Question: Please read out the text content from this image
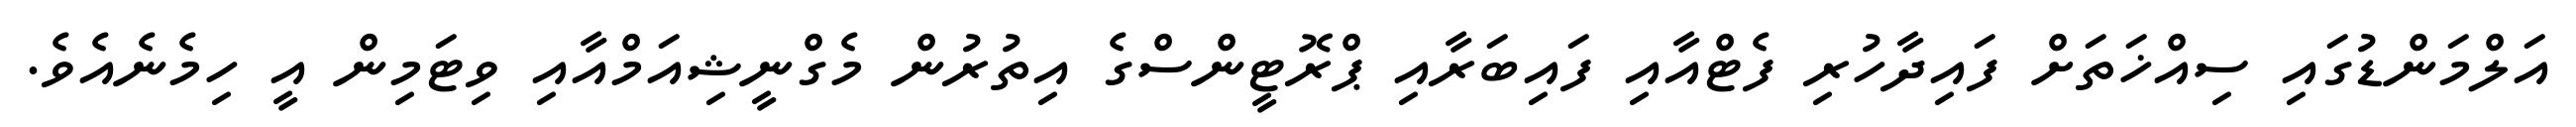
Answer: އަލްމަންޑުގައި ސިއްޚަތަށް ފައިދާހުރި ފެޓްއާއި ފައިބަރާއި ޕްރޮޓީންސްގެ އިތުރުން މެގްނީޝިއަމްއާއި ވިޓަމިން އީ ހިމެނެއެވެ.